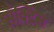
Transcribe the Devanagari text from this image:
सँक्टिस